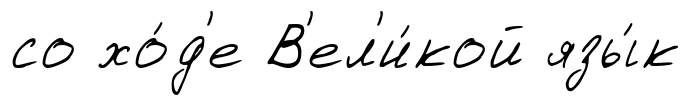
со хо́д'е В'ел'и́кой язы́к